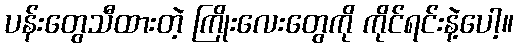
ပန်းတွေသီထားတဲ့ ကြိုးလေးတွေကို ကိုင်ရင်းနဲ့ပေါ့။